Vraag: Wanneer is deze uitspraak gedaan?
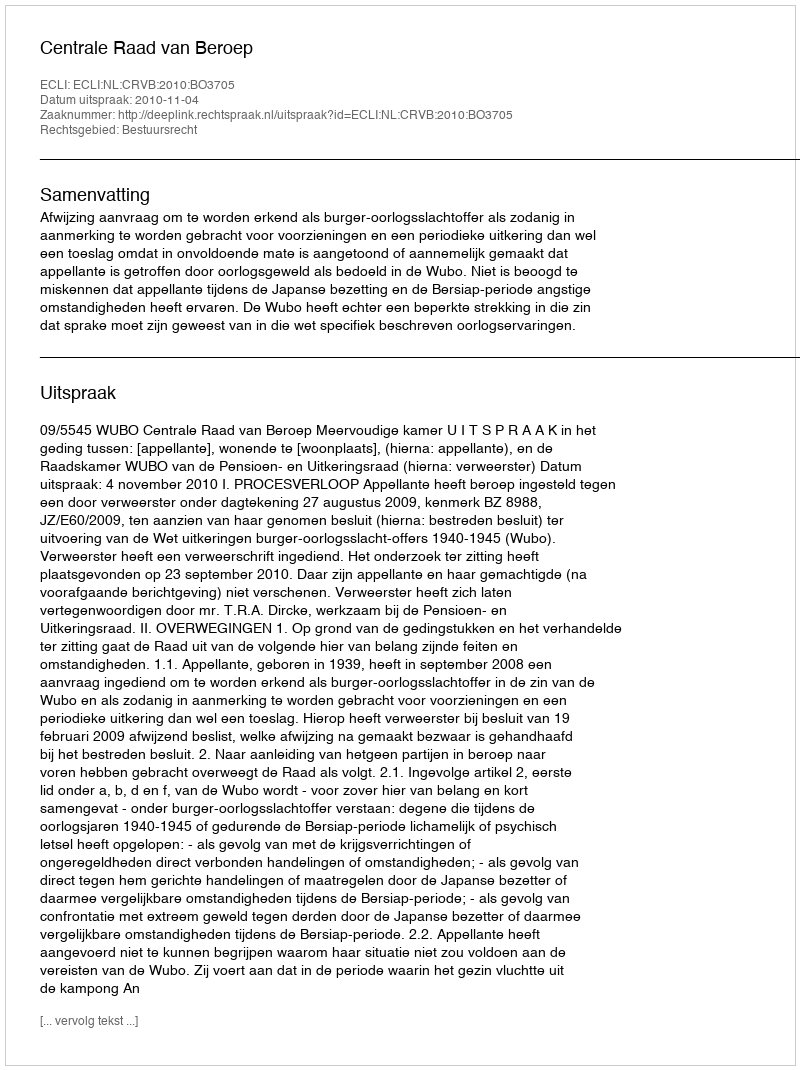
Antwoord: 2010-11-04